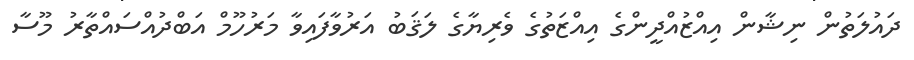
ދައުލަތުން ނިޝާން އިއްޒުއްދީންގެ އިއްޒަތުގެ ވެރިޔާގެ ލަޤަބު އަރުވާފައިވާ މަރުހޫމް އަބްދުއްސައްތާރު މޫސާ